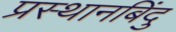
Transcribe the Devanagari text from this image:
प्रस्थानबिंदु